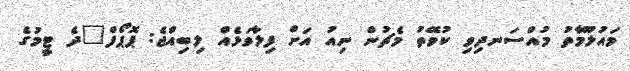
މައުލޫމާތު މުއްސަނދިވި ކުވޭތު މެޗުން ނިއު އަށް ފިލާވަޅެއް ލިބިއްޖެ: ޕޮޕޯފް"ދެ ޓީމުގެ